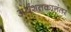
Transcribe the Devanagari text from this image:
अर्धशतकानंतर